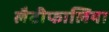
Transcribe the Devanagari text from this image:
लैटीफालिया